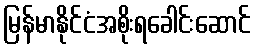
မြန်မာနိုင်ငံအစိုးရခေါင်းဆောင်